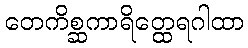
တေကိစ္ဆကာရိတ္ထေရဂါထာ